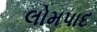
લોમપાદ